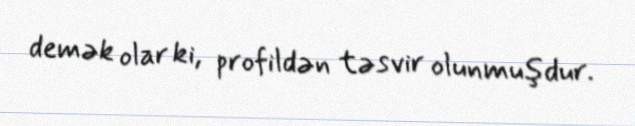
demək olar ki, profildən təsvir olunmuşdur.